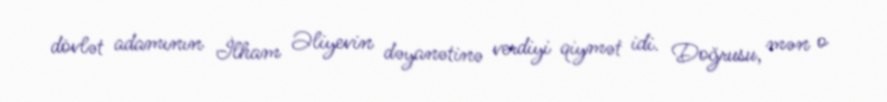
dövlət adamının İlham Əliyevin dəyanətinə verdiyi qiymət idi. Doğrusu, mən o